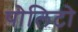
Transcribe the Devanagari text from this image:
पोलिटो